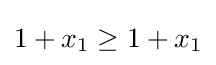
1+x_{1}\geq 1+x_{1}